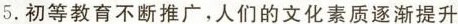
5.初等教育不断推广，人们的文化素质逐渐提升